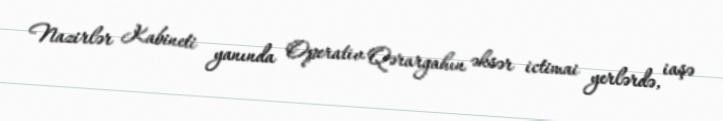
Nazirlər Kabineti yanında Operativ Qərargahın əksər ictimai yerlərdə, iaşə